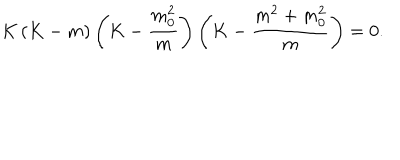
LaTeX: K \left( K - m \right) \left( K - \frac { m _ { 0 } ^ { 2 } } { m } \right) \left( K - \frac { m ^ { 2 } + m _ { 0 } ^ { 2 } } { m } \right) = 0 .